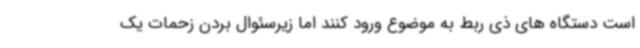
است دستگاه های ذی ربط به موضوع ورود کنند اما زیرسئوال بردن زحمات یک